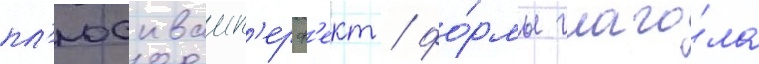
пл'юсквамп'ерф'ект / фо́рмы глаго́ла